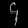
Digit: ၄